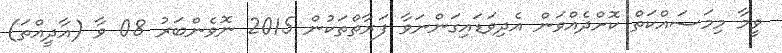
ވީމާ މިމަސައްކަތް ކޮށްދެއްވަން އެދިވަޑައިގަންނަވާ ފަރާތްތަކުން 2015 ނޮވެންބަރު 08 ވާ (އާދީއްތަ)